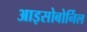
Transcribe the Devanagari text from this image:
आइसोबोर्निल